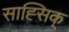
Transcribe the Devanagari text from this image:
साह्सिक्